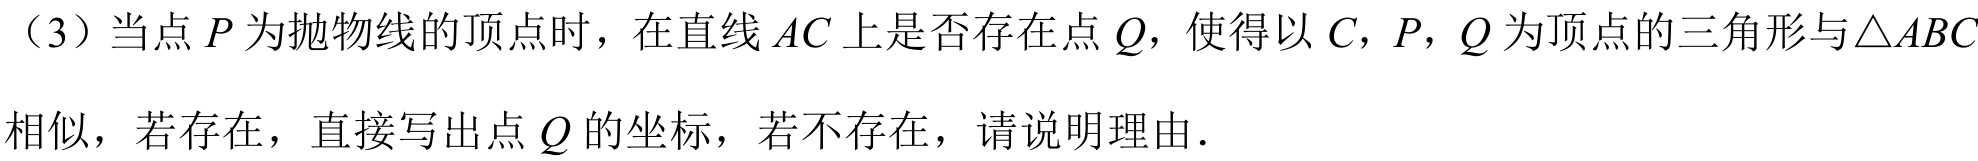
（3）当点\(P\)为抛物线的顶点时，在直线\(AC\)上是否存在点\(Q\)，使得以\(C\)，\(P\)，\(Q\)为顶点的三角形与\(\triangle ABC\)
相似，若存在，直接写出点\(Q\)的坐标，若不存在，请说明理由.